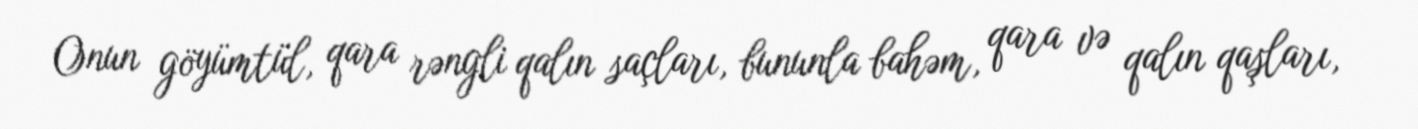
Onun göyümtül, qara rəngli qalın saçları, bununla bahəm, qara və qalın qaşları,